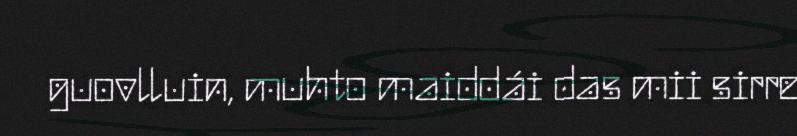
guovlluin, muhto maiddái das mii sirre